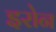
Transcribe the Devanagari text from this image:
इरोन